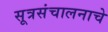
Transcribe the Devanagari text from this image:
सूत्रसंचालनाचे